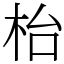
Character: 枱